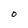
Character: O